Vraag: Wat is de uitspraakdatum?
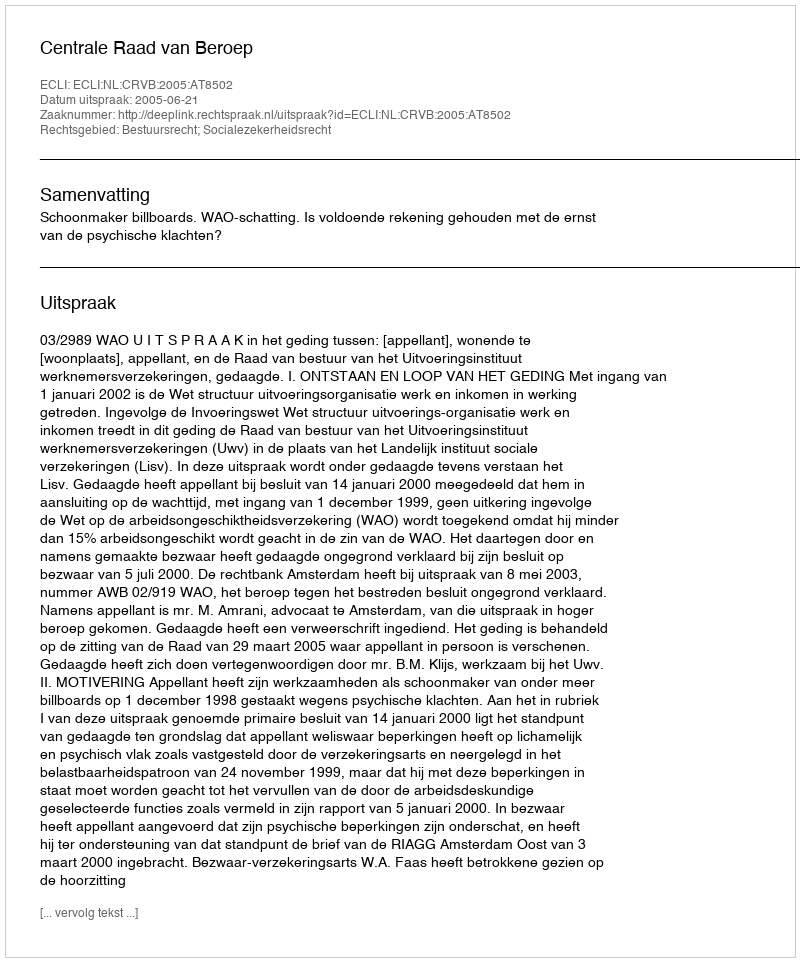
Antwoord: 2005-06-21